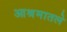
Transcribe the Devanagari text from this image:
आश्रमातले